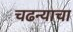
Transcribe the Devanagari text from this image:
चढन्याचा